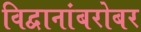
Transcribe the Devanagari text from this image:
विद्वानांबरोबर